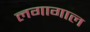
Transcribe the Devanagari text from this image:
लगागाल